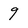
Character: 9